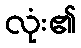
လုံး၏